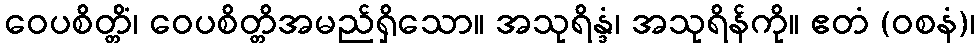
ဝေပစိတ္တိံ၊ ဝေပစိတ္တိအမည်ရှိသော။ အသုရိန္ဒံ၊ အသုရိန်ကို။ ဧတံ (ဝစနံ)၊